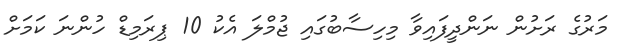
މަރުގެ ރަށުން ނަންދީފައިވާ މިހިސާބުގައި ޖުމްލަ އެކު 10 ޕިރަމިޑް ހުންނަ ކަމަށް